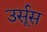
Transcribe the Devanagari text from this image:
उर्सूस